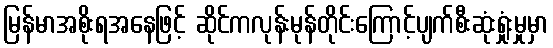
မြန်မာအစိုးရအနေဖြင့် ဆိုင်ကလုန်းမုန်တိုင်းကြောင့်ပျက်စီးဆုံးရှုံးမှုမှာ